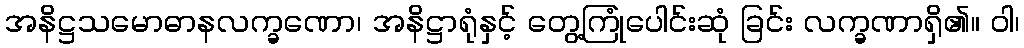
အနိဋ္ဌသမောဓာနလက္ခဏော၊ အနိဋ္ဌာရုံနှင့် တွေ့ကြုံပေါင်းဆုံ ခြင်း လက္ခဏာရှိ၏။ ဝါ၊